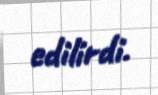
edilirdi.